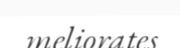
meliorates